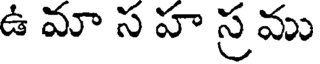
ఉ మా స హ స్ర ము